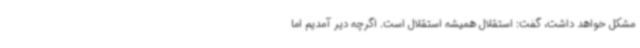
مشکل خواهد داشت، گفت: استقلال همیشه استقلال است. اگرچه دیر آمدیم اما